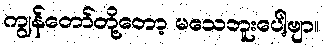
ကျွန်တော်တို့တော့ မသေဘူးပေါ့ဗျာ။